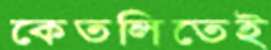
কেতলিতেই